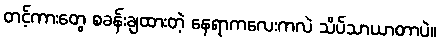
တင့်ကားတွေ စခန်းချထားတဲ့ နေရာကလေးကလဲ သိပ်သာယာတာပဲ။